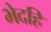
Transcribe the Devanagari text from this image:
भेदहि